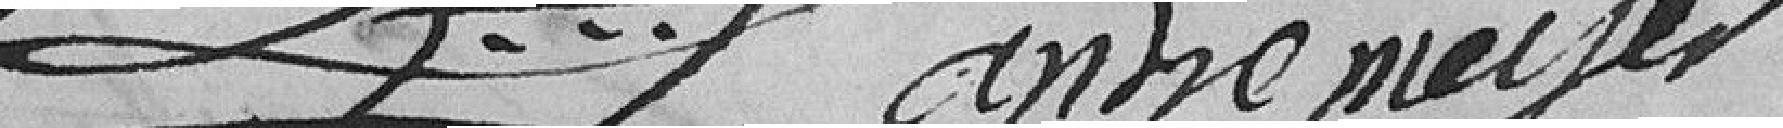
L André Meyer